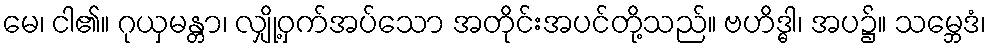
မေ၊ ငါ၏။ ဂုယှမန္တာ၊ လျှို့ဝှက်အပ်သော အတိုင်းအပင်တို့သည်။ ဗဟိဒ္ဓါ၊ အပ၌။ သမ္ဘေဒံ၊